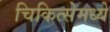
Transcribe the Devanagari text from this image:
चिकित्सेमध्ये